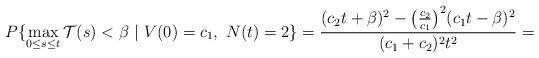
LaTeX: \begin{align*}P\{\max_{0\le s\le t}\mathcal{T}(s)< \beta\ |\ V(0) = c_1,\ N(t) = 2\} = \frac{(c_2t+\beta)^2-\bigl(\frac{c_2}{c_1}\bigr)^2(c_1t-\beta)^2}{(c_1+c_2)^2t^2}=\end{align*}